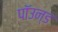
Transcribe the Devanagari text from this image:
पॉउन्ड